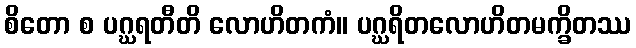
စိတော စ ပဂ္ဃရတီတိ လောဟိတကံ။ ပဂ္ဃရိတလောဟိတမက္ခိတဿ